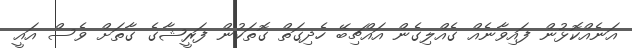
އަނެއްކޮޅުން ފައިވާނެއް ގެއްލިގެން އައްޗިބޭ ހެދިގަތް ގޮތަކުން ފަރީޝާގެ ގާތަށް ވެސް އައީ